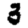
Digit: 3